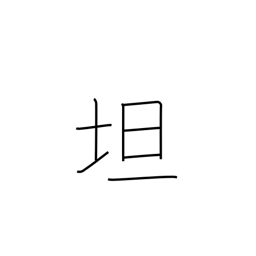
Meaning: level